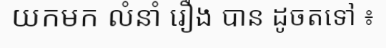
យកមក លំនាំ រឿង បាន ដូចតទៅ ៖